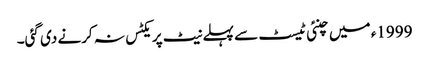
1999ء میں چنئی ٹیسٹ سے پہلے نیٹ پریکٹس نہ کرنے دی گئی۔